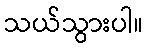
သယ်သွားပါ။